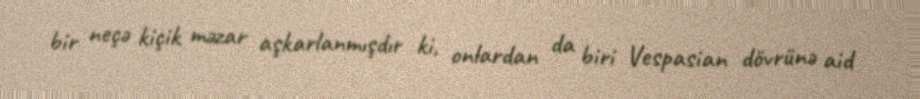
bir neçə kiçik məzar aşkarlanmışdır ki, onlardan da biri Vespasian dövrünə aid